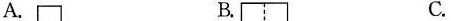
A. B. C.